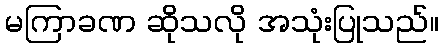
မကြာခဏ ဆိုသလို အသုံးပြုသည်။